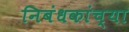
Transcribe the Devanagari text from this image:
निबंधकांच्या